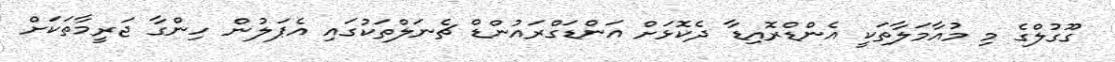
ގޫގުލްގެ މި މުއާމަލާތަކީ އެންޑްރޮއިޑާ ދެކޮޅަށް އަންޑަގްރައުންޑް ޗެނަލްތަކުގައި އެޕަލުން ހިންގާ ޖަރީމާތަކަށް